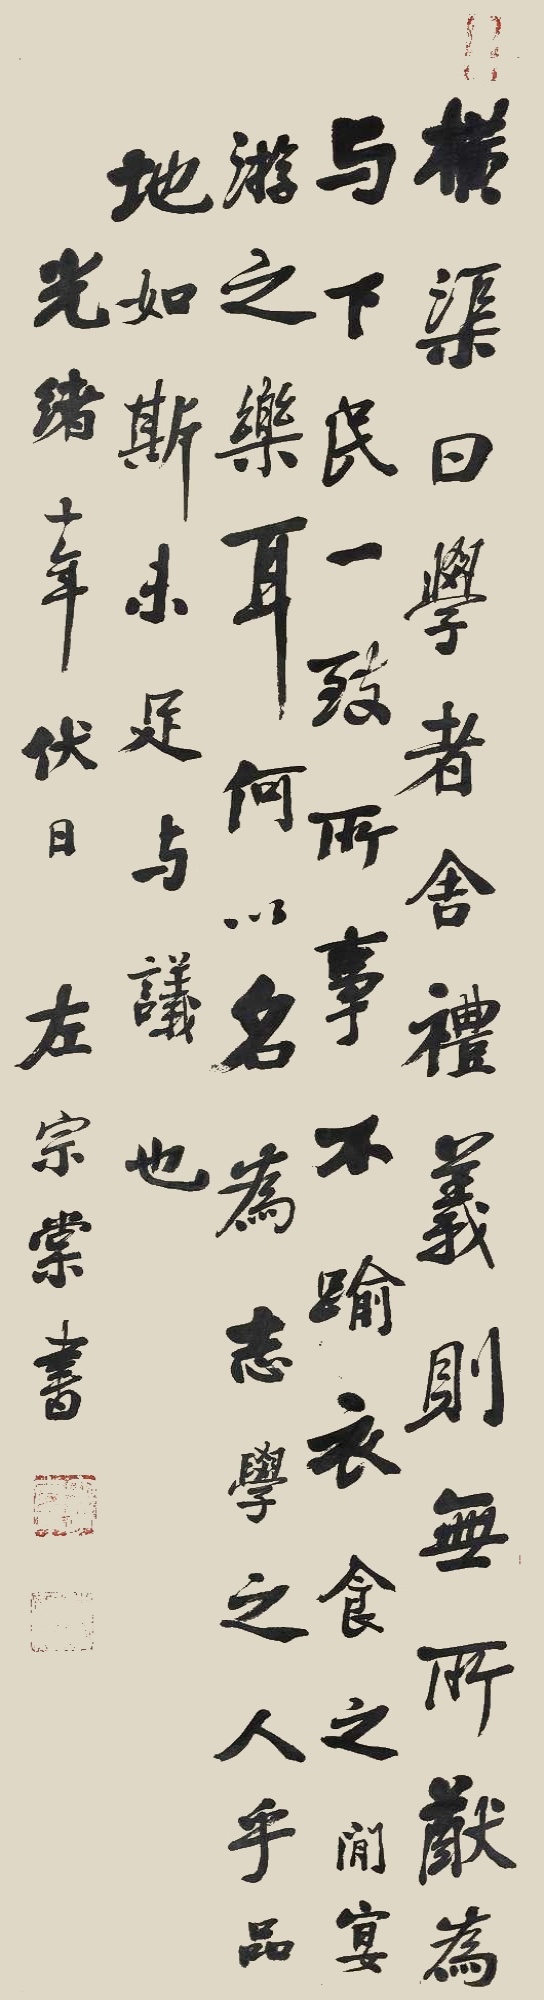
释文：横渠曰：学者舍礼义，则无无所猷为。与下民一致，所事不逾衣食之间，宴游之乐耳。何以名为志学之人乎？品地如斯，未足与议也。光绪十年伏日，左宗棠书。